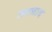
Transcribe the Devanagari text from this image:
जगन्नाद